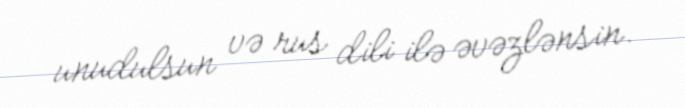
unudulsun və rus dili ilə əvəzlənsin.